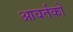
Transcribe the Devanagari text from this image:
आवर्तकों